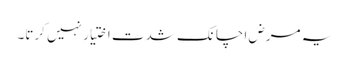
یہ مرض اچانک شدت اختیار نہیں کرتا۔